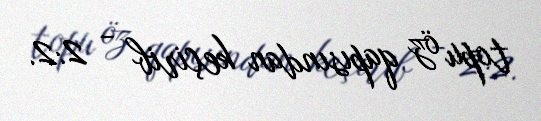
topu öz qapısından keçirib - 2:2.